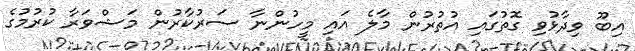
އިބޫ ވިދާޅުވި ގޮތުގައި އުތުރުން މާލެ އައި މީހުންނާ ސަރުކާރުން މަޝްވަރާ ކުރުމުގެ